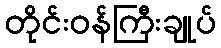
တိုင်းဝန်ကြီးချုပ်